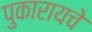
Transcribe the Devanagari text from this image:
पुकारायचे